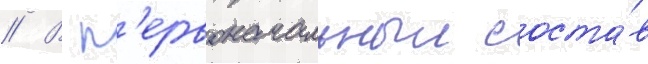
// В п'ервоначальныи соста́в